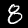
Digit: 8